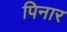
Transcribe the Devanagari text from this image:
पिनार